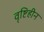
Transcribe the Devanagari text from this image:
वृष्टिहीन